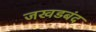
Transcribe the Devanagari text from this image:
जखडबंद